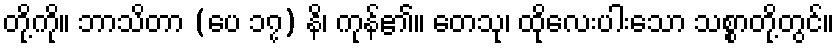
တို့ကို။ ဘာသိတာ (ပေ ၁၇) နိ၊ ကုန်၏။ တေသု၊ ထိုလေးပါးသော သစ္စာတို့တွင်။